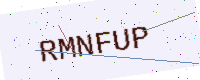
Text: RMNFUP